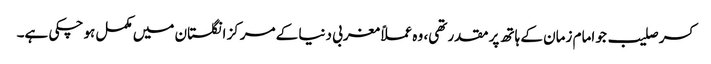
کسر صلیب جو امام زمان کے ہاتھ پر مقدر تھی، وہ عملاً مغربی دنیا کے مرکز انگلستان میں مکمل ہو چکی ہے۔